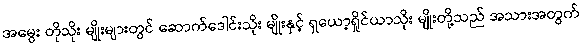
အမွေး တိုသိုး မျိုးများတွင် ဆောက်ဒေါင်းသိုး မျိုးနှင့် ရှယော့ရှိုင်ယာသိုး မျိုးတို့သည် အသားအတွက်